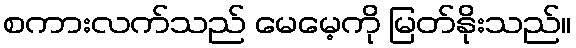
စကားလက်သည် မေမေ့ကို မြတ်နိုးသည်။